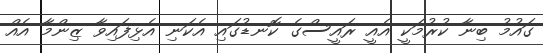
ގައުމު ބިނާ ކުރުމަކީ އެއީ ރައީސްގެ ކޮނޑުގައި އެކަނި އެޅިފައިވާ ޒިންމާ އެއް